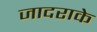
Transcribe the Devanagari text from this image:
जादराके